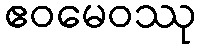
ဧဝမေဝဿု